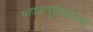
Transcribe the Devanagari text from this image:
महाक्रतुर्महायज्वा